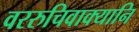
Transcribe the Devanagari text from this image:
वररुचिवाक्यानि